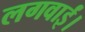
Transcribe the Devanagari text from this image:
लगवाईं।